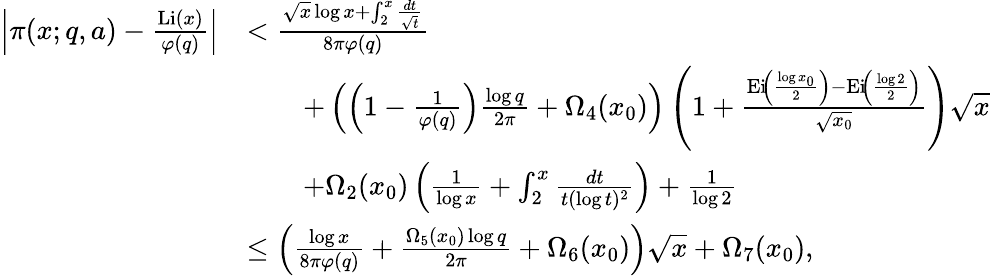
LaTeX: \begin{array}{rl}{\left|\pi(x;q,a)-\frac{\operatorname{Li}(x)}{\varphi(q)}\right|}&{<\frac{\sqrt{x}\log{x}+\int_{2}^{x}\frac{dt}{\sqrt{t}}}{8\pi\varphi(q)}}\\ &{\qquad+\left(\left(1-\frac{1}{\varphi(q)}\right)\frac{\log{q}}{2\pi}+\Omega_{4}(x_{0})\right)\left(1+\frac{\operatorname{Ei}\! \left(\frac{\log{x_{0}}}{2}\right)-\operatorname{Ei}\! \left(\frac{\log{2}}{2}\right)}{\sqrt{x_{0}}}\right)\sqrt{x}}\\ &{\qquad+\Omega_{2}(x_{0})\left(\frac{1}{\log{x}}+\int_{2}^{x}\frac{dt}{t(\log{t})^{2}}\right)+\frac{1}{\log{2}}}\\ &{\leq\left(\frac{\log{x}}{8\pi\varphi(q)}+\frac{\Omega_{5}(x_{0})\log{q}}{2\pi}+\Omega_{6}(x_{0})\right)\sqrt{x}+\Omega_{7}(x_{0}),}\end{array}